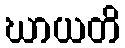
ဃာယတိ